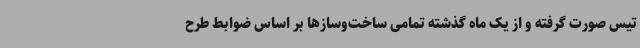
تیس صورت گرفته و از یک ماه گذشته تمامی ساخت‌وسازها بر اساس ضوابط طرح